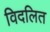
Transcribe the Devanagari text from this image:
विदलित